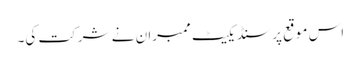
‌‌‌ اس موقع پر سنڈیکیٹ ممبرا ن نے شرکت کی۔